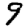
Digit: 9